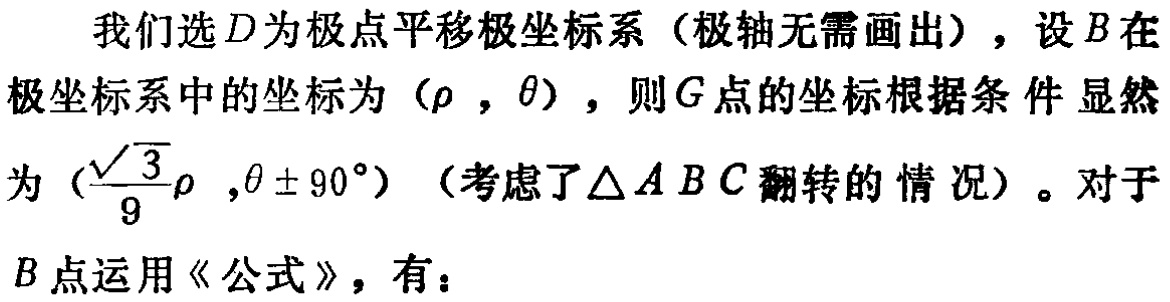
我们选\(D\)为极点平移极坐标系（极轴无需画出），设\(B\)在极坐标系中的坐标为\((\rho,\theta)\)，则\(G\)点的坐标根据条件显然为\((\frac{\sqrt{3}}{9}\rho,\theta\pm90^{\circ})\)（考虑了\(\triangle ABC\)翻转的情况）。对于\(B\)点运用《公式》，有：